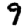
Digit: 9